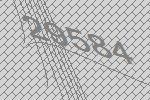
29584